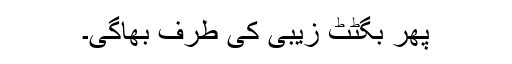
پھر بگٹٹ زیبی کی طرف بھاگی۔